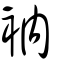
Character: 衲